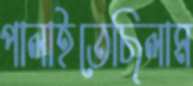
পালাইতেছিলাম